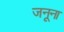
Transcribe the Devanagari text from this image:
जनूना